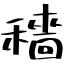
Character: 穡